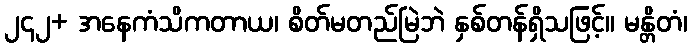
၂၄၂+ အနေကံသိကတာယ၊ စိတ်မတည်မြဲဘဲ နှစ်တန်ရှိသဖြင့်။ မန္တိတံ၊